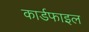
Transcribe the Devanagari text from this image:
कार्डफाइल